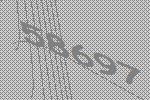
58697